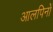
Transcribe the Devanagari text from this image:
आलपिनों